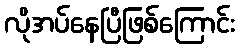
လိုအပ်နေပြီဖြစ်ကြောင်း